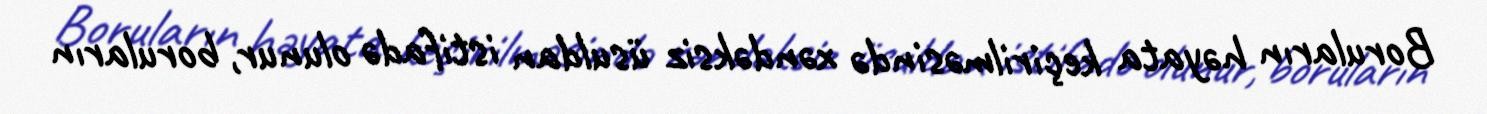
Boruların həyata keçirilməsində xəndəksiz üsuldan istifadə olunur, boruların